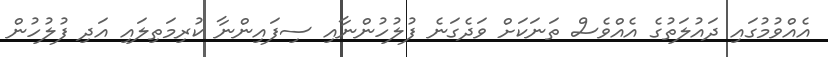
އެއްވުމުގައި ދައުލަތުގެ އެއްވެސް ތަނަކަށް ވަދެގަނެ ފުލުހުންނާއި ސިފައިންނާ ކުރިމަތިލައި އަދި ފުލުހުން